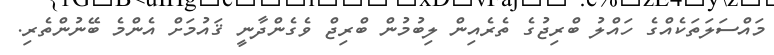
މައްސަލަތަކެއްގެ ހައްލު ބްރިޖުގެ ތެރެއިން ލިބުމުން ބްރިޖް ވެގެންދާނީ ޤައުމަށް އެންމެ ބޭނުންތެރި.